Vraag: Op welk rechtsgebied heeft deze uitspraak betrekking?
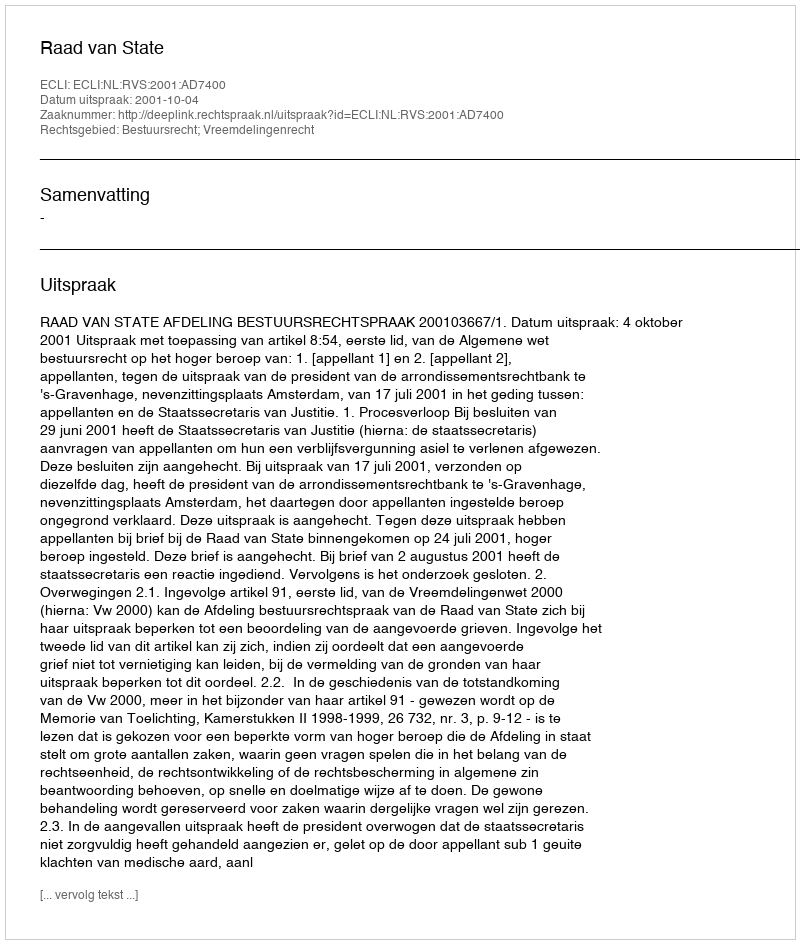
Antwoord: Bestuursrecht; Vreemdelingenrecht